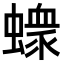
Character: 𧑄